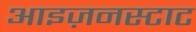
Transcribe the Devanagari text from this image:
आइज़नस्टाट